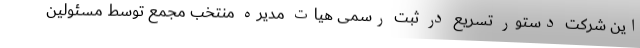
این شرکت دستور تسریع در ثبت رسمی هیات مدیره منتخب مجمع توسط مسئولین